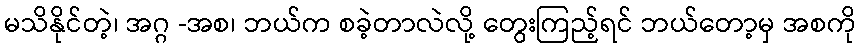
မသိနိုင်တဲ့၊ အဂ္ဂ -အစ၊ ဘယ်က စခဲ့တာလဲလို့ တွေးကြည့်ရင် ဘယ်တော့မှ အစကို